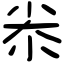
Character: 尜